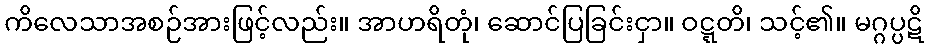
ကိလေသာအစဉ်အားဖြင့်လည်း။ အာဟရိတုံ၊ ဆောင်ပြခြင်းငှာ။ ဝဋ္ဋတိ၊ သင့်၏။ မဂ္ဂပ္ပဋိ